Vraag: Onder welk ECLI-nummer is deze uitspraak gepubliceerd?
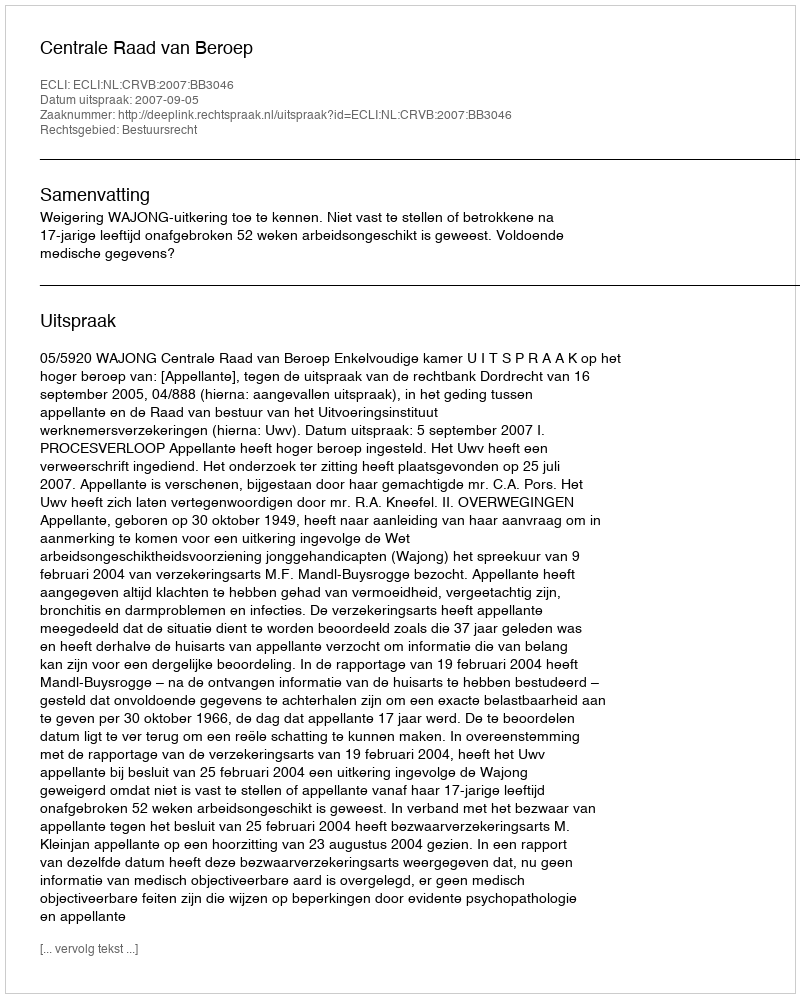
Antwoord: ECLI:NL:CRVB:2007:BB3046